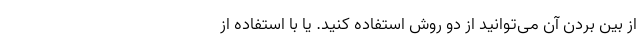
از بین بردن آن می‌توانید از دو روش استفاده کنید. یا با استفاده از